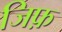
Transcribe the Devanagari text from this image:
जिफ़